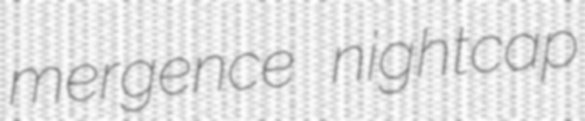
mergence nightcap